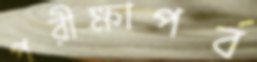
পরীক্ষাপর্ব